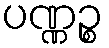
ပဏ္ဏဉ္စ